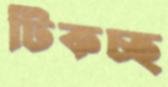
টিকচ্ছ